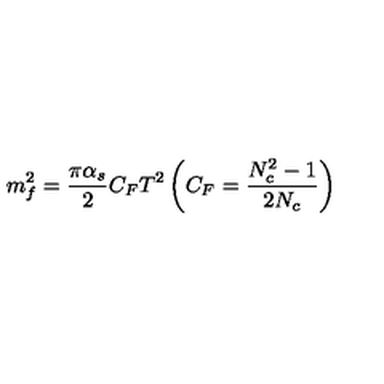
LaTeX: m _ { f } ^ { 2 } = \frac { \pi \alpha _ { s } } { 2 } C _ { F } T ^ { 2 } \left( C _ { F } = \frac { N _ { c } ^ { 2 } - 1 } { 2 N _ { c } } \right)